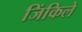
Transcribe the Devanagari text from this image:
जिंकिले